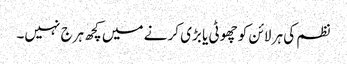
نظم کی ہر لائن کو چھوٹی یا بڑی کر نے میں کچھ ہرج نہیں۔